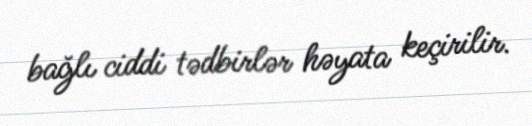
bağlı ciddi tədbirlər həyata keçirilir.